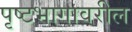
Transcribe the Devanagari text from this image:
पृष्टभागावरील